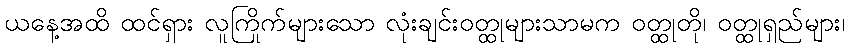
ယနေ့အထိ ထင်ရှား လူကြိုက်များသော လုံးချင်းဝတ္ထုများသာမက ဝတ္ထုတို၊ ဝတ္ထုရှည်များ၊